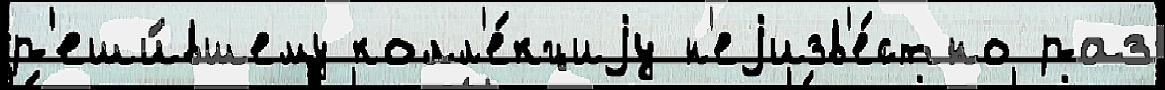
р'еши́вшему колл'е́кциjу н'еjизв'е́стно раз